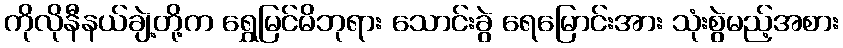
ကိုလိုနီနယ်ချဲ့တို့က ရွှေမြင်မိဘုရား သောင်းခွဲ ရေမြောင်းအား သုံးစွဲမည့်အစား